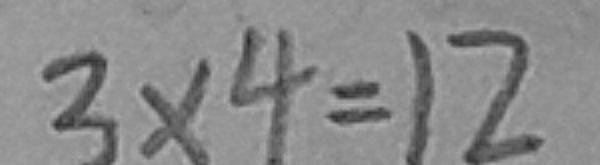
3 \times 4 = 1 2